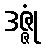
ဒဇ္ဇုံ